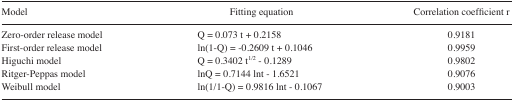
<table><thead><tr><td><b>Model</b></td><td><b>Fitting equation</b></td><td><b>Correlation coefficient r</b></td></tr></thead><tbody><tr><td>Zero-order release model</td><td>Q = 0.073 t + 0.2158</td><td>0.9181</td></tr><tr><td>First-order release model</td><td>ln(1-Q) = −0.2609 t + 0.1046</td><td>0.9959</td></tr><tr><td>Higuchi model</td><td>Q = 0.3402 t<sup>1/2</sup> − 0.1289</td><td>0.9802</td></tr><tr><td>Ritger-Peppas model</td><td>lnQ = 0.7144 lnt − 1.6521</td><td>0.9076</td></tr><tr><td>Weibull model</td><td>ln(1/1-Q) = 0.9816 lnt − 0.1067</td><td>0.9003</td></tr></tbody></table>